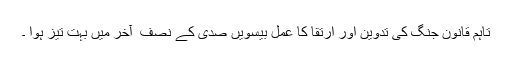
تاہم قانونِ جنگ کی تدوین اور ارتقا کا عمل بیسویں صدی کے نصف ِ آخر میں بہت تیز ہوا ۔